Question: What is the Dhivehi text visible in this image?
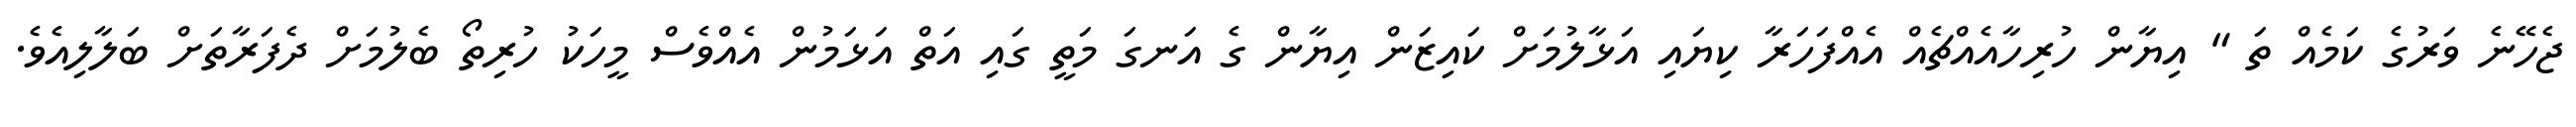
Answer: ޖެހޭނެ ވަރުގެ ކަމެއް ތަ " އިޔާން ހުރިހާއެއްޗެއް އެއްފަހަރާ ކިޔައި އަޅާލުމަށް ކައިޒަން އިޔާން ގެ އަނގަ މަތީ ގައި އަތް އަޅަމުން އެއްވެސް މީހަކު ހުރިތޯ ބެލުމަށް ދެފަރާތަށް ބަލާލިއެވެ.